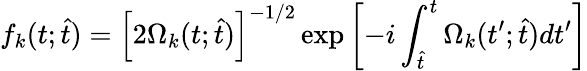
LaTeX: f_{k}(t;\hat{t})=\left[2\Omega_{k}(t;\hat{t})\right]^{-1/2}\exp\left[-i\int_{\hat{t}}^{t}\Omega_{k}(t^{\prime};\hat{t})dt^{\prime}\right]